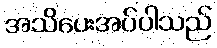
အသိပေးအပ်ပါသည်